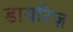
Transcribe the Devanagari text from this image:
डायरिज़